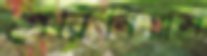
পেরিনিয়াল